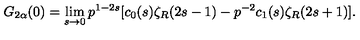
G _ { 2 \alpha } ( 0 ) = \lim _ { s \to 0 } p ^ { 1 - 2 s } [ c _ { 0 } ( s ) \zeta _ { R } ( 2 s - 1 ) - p ^ { - 2 } c _ { 1 } ( s ) \zeta _ { R } ( 2 s + 1 ) ] { . }